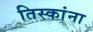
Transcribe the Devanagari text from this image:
तिस्कांना